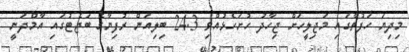
މިދިޔަ ހަފުތާގައި މަޖިލީހަށް ޖިހާދު ހުށަހެޅުއްވި 24.3 ބިލިއަން ރުފިޔާގެ ބަޖެޓުގައި އާމްދަނީ